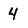
Character: 4